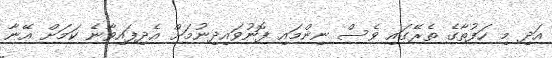
އަދި މި ހަފުތާގެ ތެރޭގައި ވެސް ނިންމައި ފޮނުވައިދިނުމަށް އެދިފައިވާނެ ކަމަށް އޭނާ